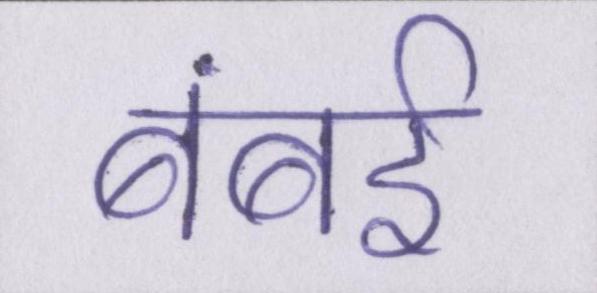
बंबई